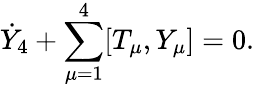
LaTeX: \dot{Y}_{4}+\sum_{\mu=1}^{4}[T_{\mu},Y_{\mu}]=0.